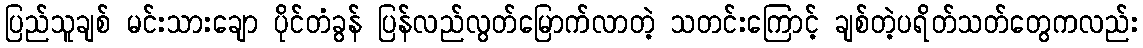
ပြည်သူချစ် မင်းသားချော ပိုင်တံခွန် ပြန်လည်လွတ်မြောက်လာတဲ့ သတင်းကြောင့် ချစ်တဲ့ပရိတ်သတ်တွေကလည်း